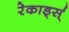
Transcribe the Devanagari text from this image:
रेकार्ड्स्